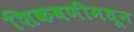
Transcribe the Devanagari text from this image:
शिकवणीमधून